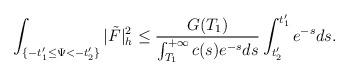
LaTeX: \begin{align*}\int_{\{-t'_1\le\Psi<-t'_2\}}|\tilde{F}|^2_h\le\frac{G(T_1)}{\int_{T_1}^{+\infty}c(s)e^{-s}ds}\int_{t'_2}^{t'_1}e^{-s}ds.\end{align*}